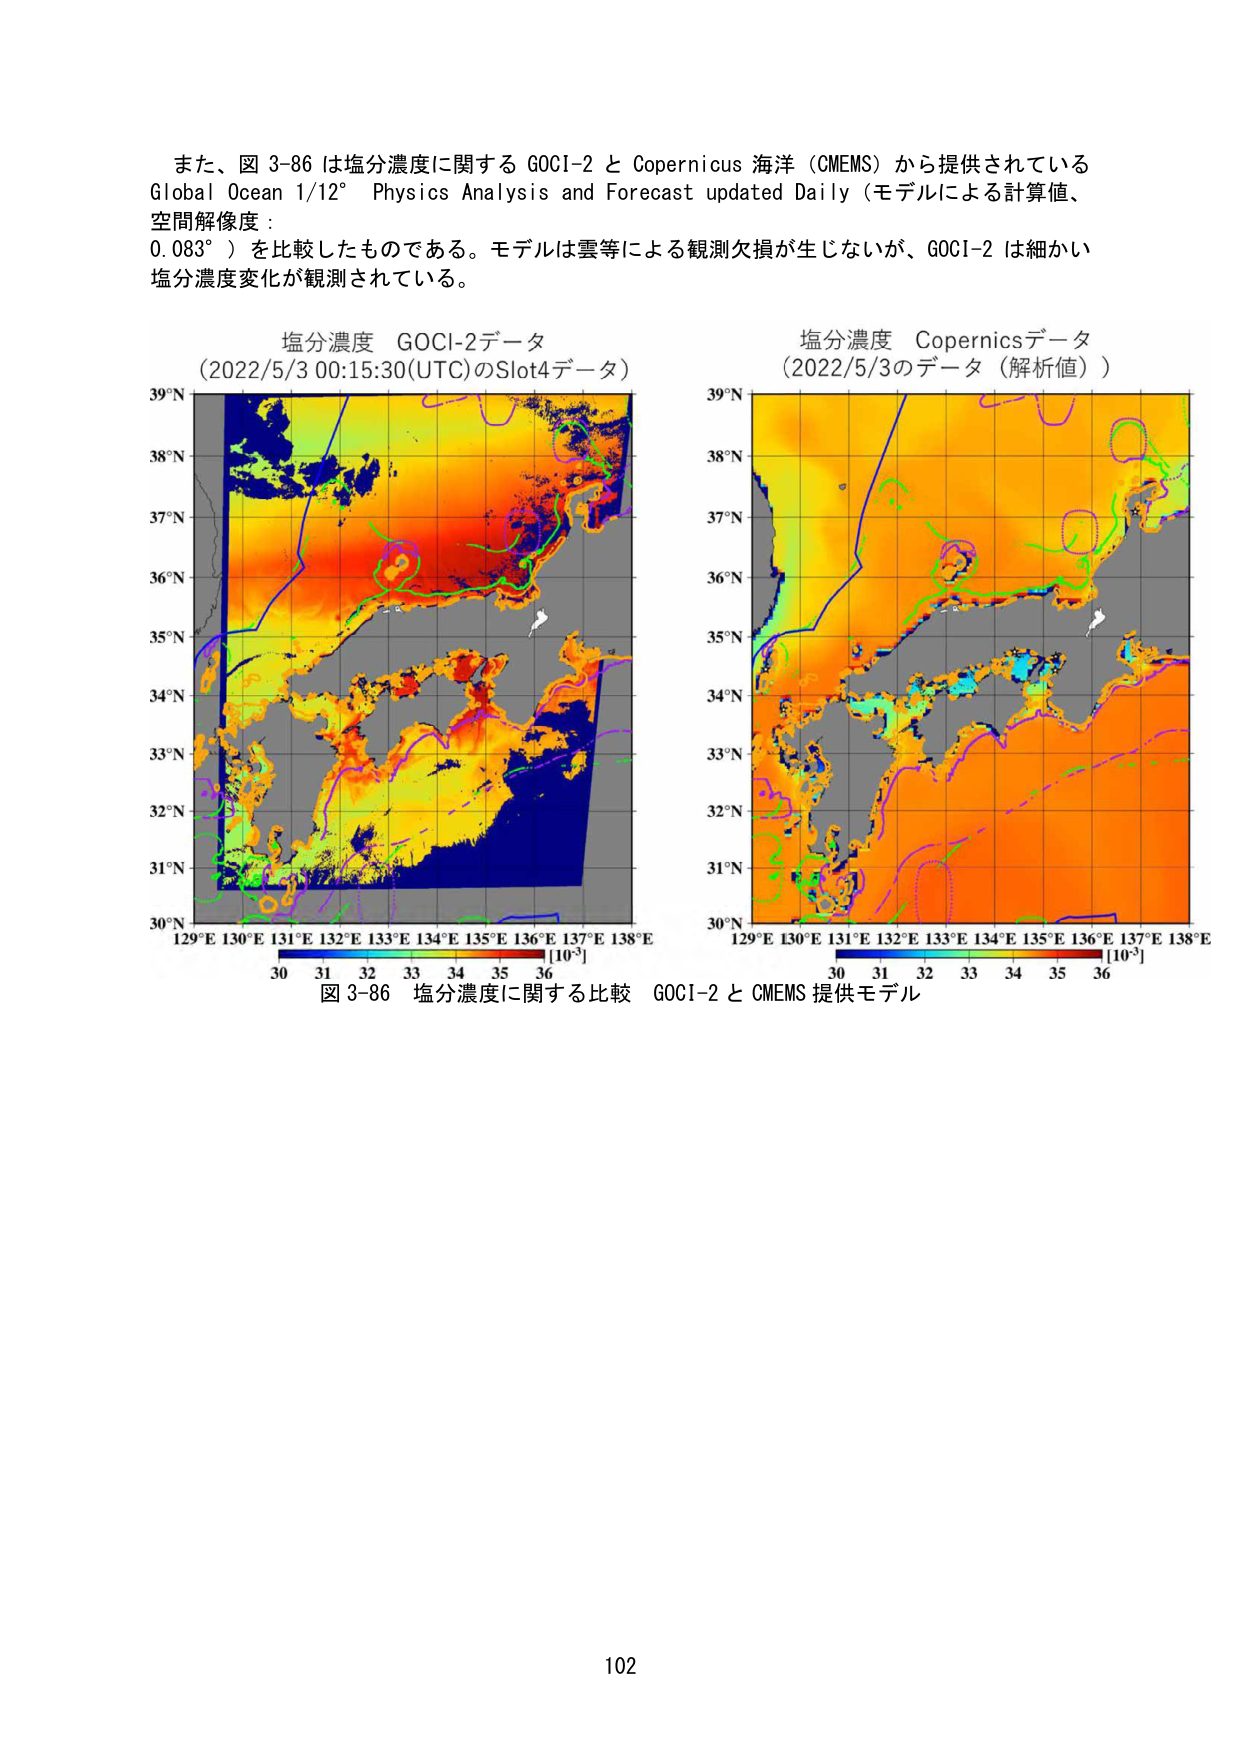
また、図 3-86 は塩分濃度に関する GOCI-2 と Copernicus 海洋（CMEMS）から提供されている Global Ocean 1/12° Physics Analysis and Forecast updated Daily（モデルによる計算値、空間解像度：0.083°）を比較したものである。モデルは雲等による観測欠損が生じないが、GOCI-2 は細かい塩分濃度変化が観測されている。

塩分濃度 GOCI-2データ
（2022/5/3 00:15:30(UTC)のSlot4データ）

塩分濃度 Copernicusデータ
（2022/5/3のデータ（解析値））

39°N
38°N
37°N
36°N
35°N
34°N
33°N
32°N
31°N
30°N
129°E 130°E 131°E 132°E 133°E 134°E 135°E 136°E 137°E 138°E
[10⁻³]
30 31 32 33 34 35 36

39°N
38°N
37°N
36°N
35°N
34°N
33°N
32°N
31°N
30°N
129°E 130°E 131°E 132°E 133°E 134°E 135°E 136°E 137°E 138°E
[10⁻³]
30 31 32 33 34 35 36

図 3-86 塩分濃度に関する比較 GOCI-2 と CMEMS 提供モデル

102